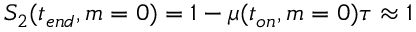
S _ { 2 } ( t _ { e n d } , m = 0 ) = 1 - \mu ( t _ { o n } , m = 0 ) \tau \approx 1